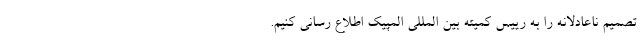
تصمیم ناعادلانه را به رییس کمیته بین المللی المپیک اطلاع رسانی کنیم.